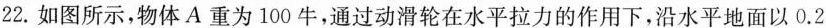
22.如图所示，物体A重为100牛，通过动滑轮在水平拉力的作用下，沿水平地面以0.2